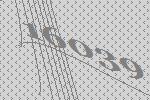
16039